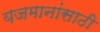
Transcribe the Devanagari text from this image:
यजमानांसाठी